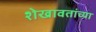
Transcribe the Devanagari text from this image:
शेखावतांच्या